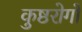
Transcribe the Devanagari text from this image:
कुष्ठरोगों